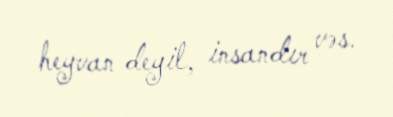
heyvan deyil, insandır vəs.